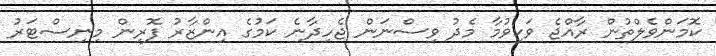
ކޮމަންވެލްތުން ރާއްޖެ ވަކިވުމާ މެދު ވިސްނަން ޖެހިދާނެ ކަމުގެ އިންޒާރު ފޮރިން މިނިސްޓަރު